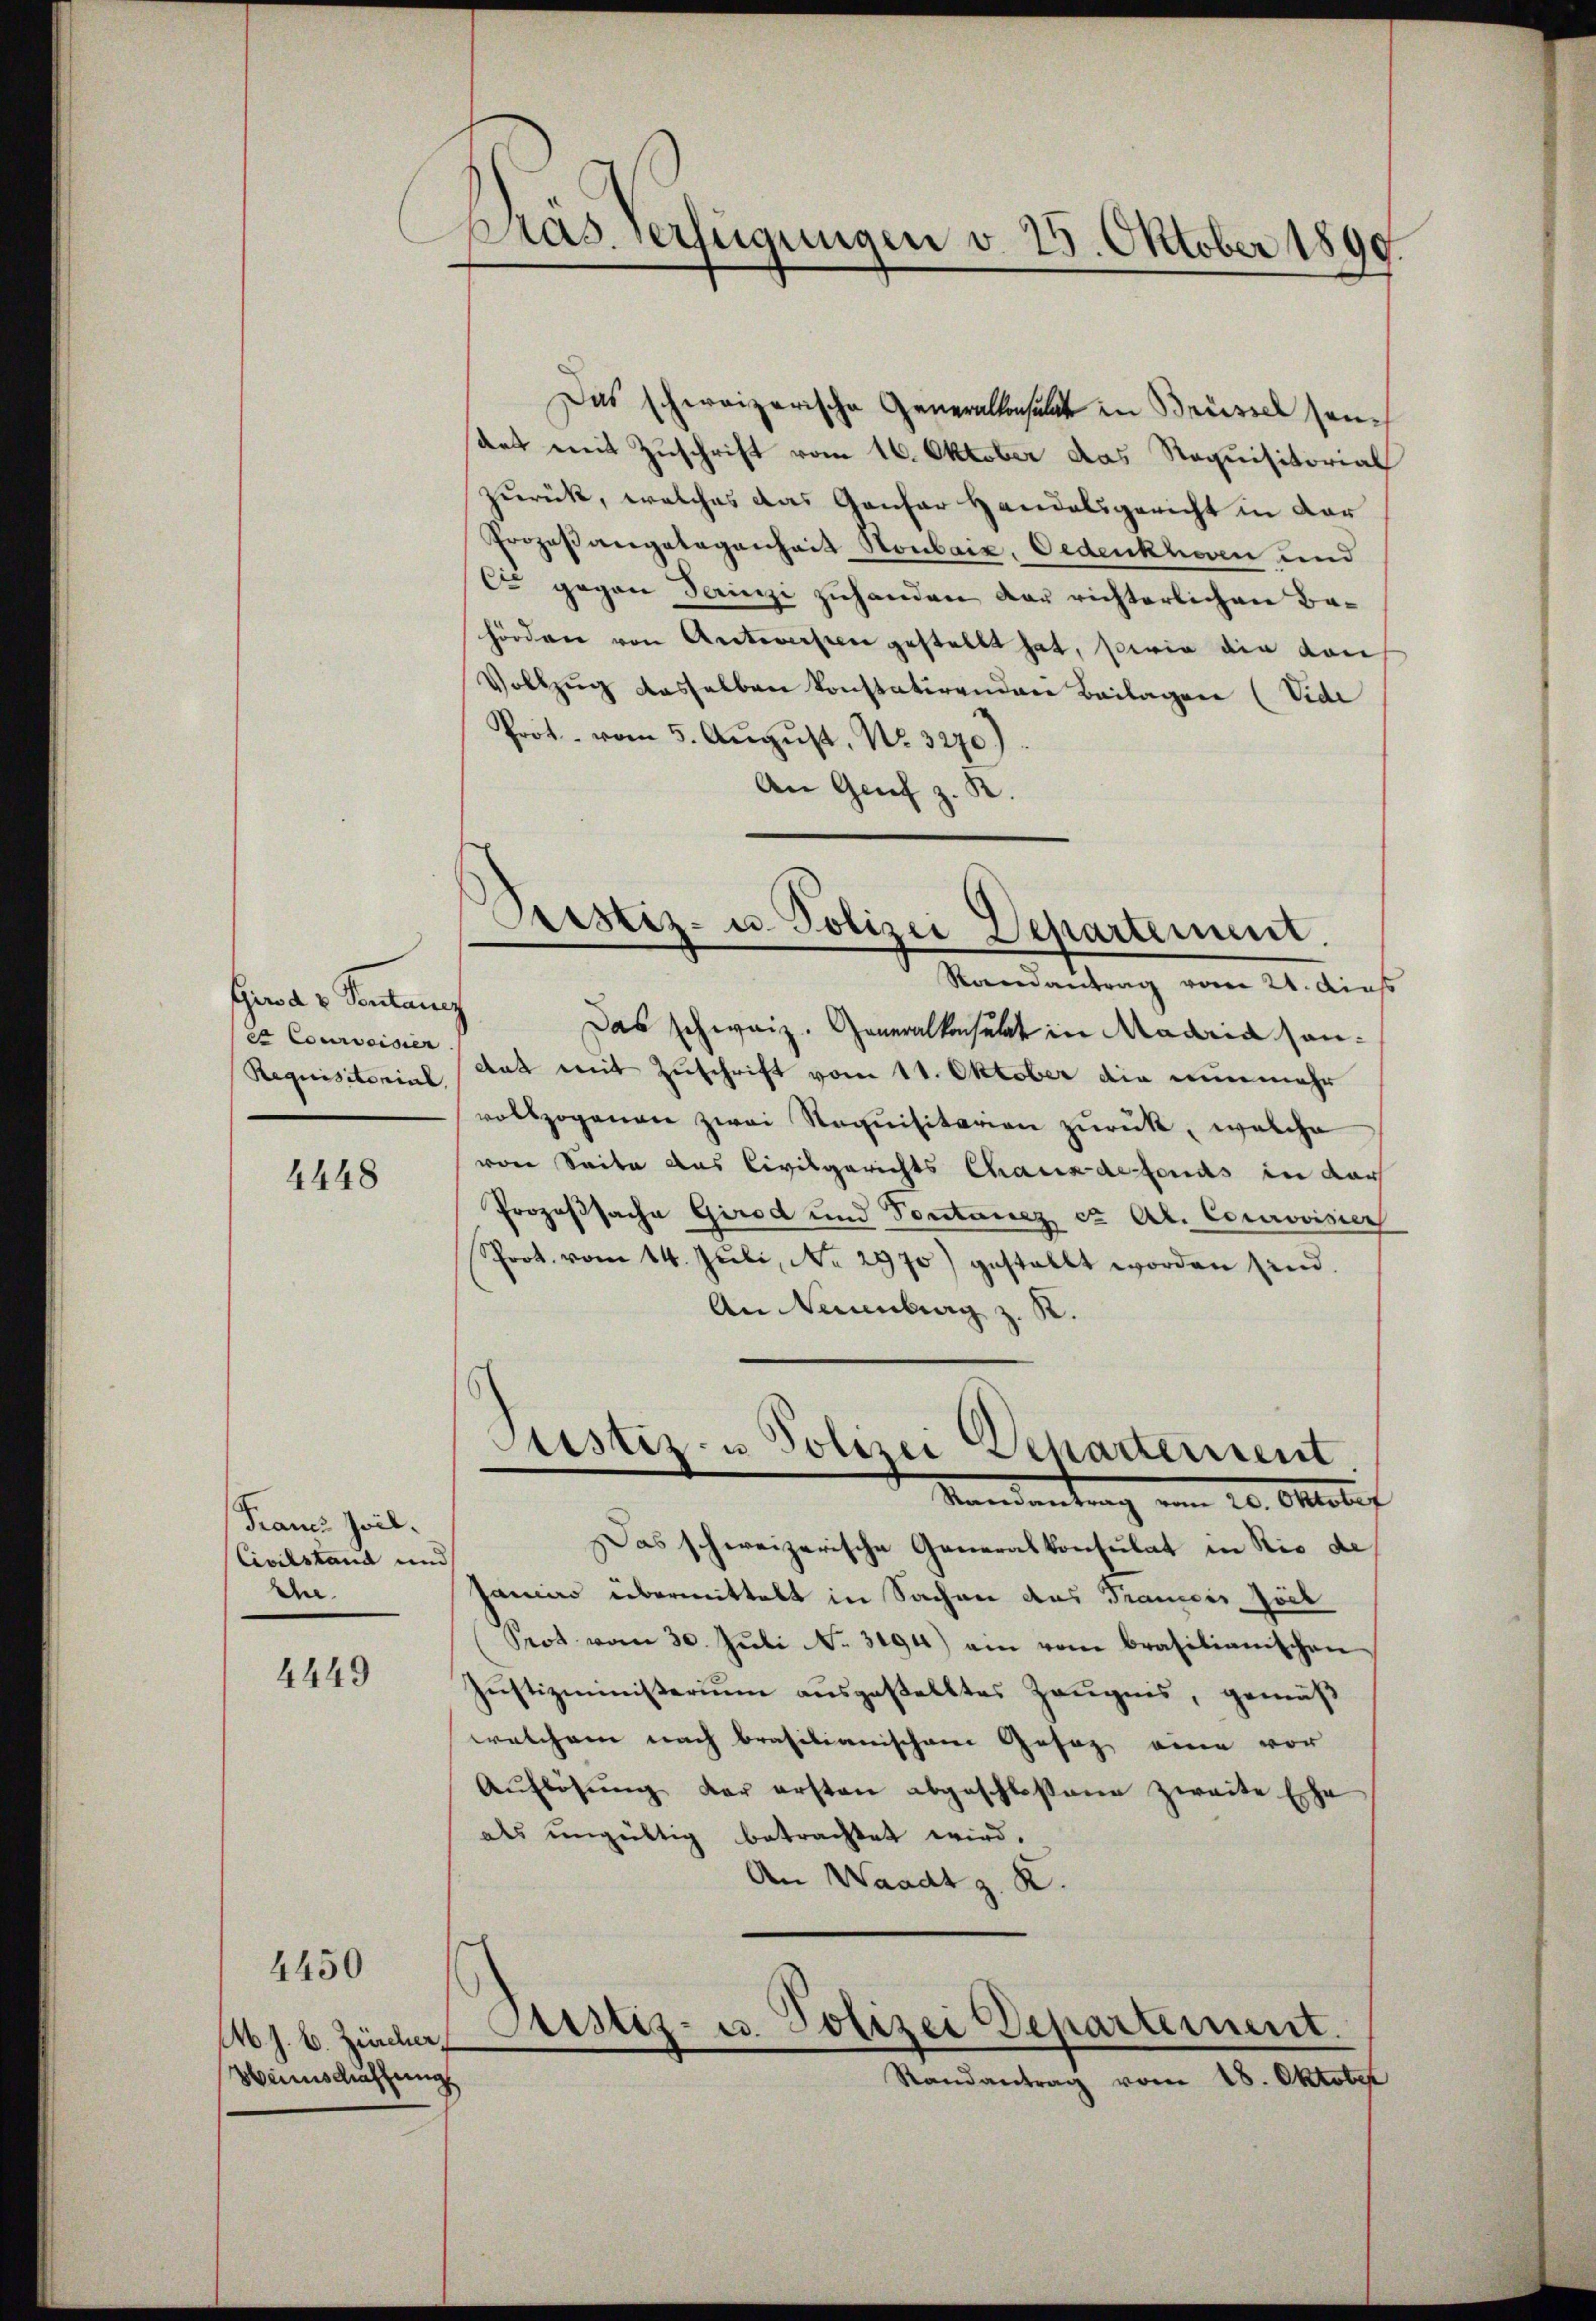
Pero a u Sontanz
 Courvoisier
Requisitorial,

4448

Francs Zwil.
Civilstand und
Ehe.

4449

M. J. B. Zürcher,
Weinschaftung

4450

Pras. Verfügungen v. 25. Oktober 1890.

Das schweizerische Generalkonsule in Brüssel sein
Rat mit Zuschrift vom 16. Oktober das Requisitorial
zurück, welches das Gantar Handelsgericht in der
Prozeß angelegenheit Houbaić, Oedenkhoven und
C gegen Teinzi zuhanden der richterlichen Bahörden von Antworten gestellt hat, sowie die dan
Vollzŭg dasselben konstatirenden Beilagen (Vide
Prot. vom 5. Aŭgŭst No. 3270).
An Genf z. R.

Das schweiz. Generalkonsulat in Madria Handat mit Zuschrift vom 11. Oktober die nunmehr
vollzogenen zwei Requisitarion zurück, welche
von Seite das Civilgerichts Chauxdefonds in dar
Prozeßsache Girod und Pontanez et Al. Courovisier
Prot. vom 14. Juli, No. 2970) gestellt worden sind.
An Neuenburg z. R.

Pristiz- u. Polizei Departement.
Randantrag vom 21. dies

Justiz- u Polizei Departement
Mandantung vom 20. Oktater

Das schweizerische Generalkonsulat in Rio de
janias übermittelt in Sachen das Francis Jöck
Prot vom 30. Juli No. 3194) ein vom brasilianischen
Justizministerium ausgestelltes Zeugnis, gemäß
welchem nach brasilianischen Gesag eine vor
Aŭflösung der ersten abgeschlossene zweite Ehe
als ungültig betrachtet wird.
An Waadt z. K.

Justiz- u. Polizei Departement.
Randantrag vom 18. Oktober